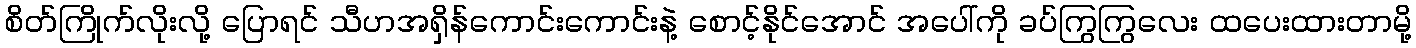
စိတ်ကြိုက်လိုးလို့ ပြောရင် သီဟအရှိန်ကောင်းကောင်းနဲ့ စောင့်နိုင်အောင် အပေါ်ကို ခပ်ကြွကြွလေး ထပေးထားတာမို့